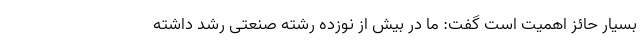
بسیار حائز اهمیت است گفت: ما در بیش از نوزده رشته صنعتی رشد داشته